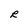
Character: R